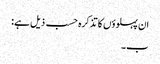
ان پہلوؤں کا تذکرہ حسب ذیل ہے:
ب۔